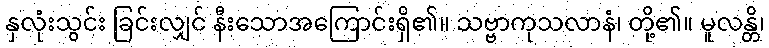
နှလုံးသွင်း ခြင်းလျှင် နီးသောအကြောင်းရှိ၏။ သဗ္ဗာကုသလာနံ၊ တို့၏။ မူလန္တိ၊